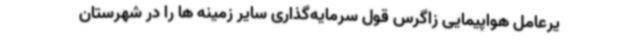
یرعامل هواپیمایی زاگرس قول سرمایه‌گذاری سایر زمینه ها را در شهرستان